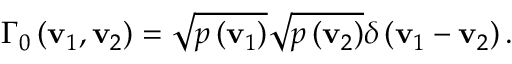
{ { \Gamma } _ { 0 } } \left( { \bf { v } } _ { 1 } , { \bf { v } } _ { 2 } \right) = \sqrt { p \left( { \bf { v } } _ { 1 } \right) } \sqrt { p \left( { \bf { v } } _ { 2 } \right) } \delta \left( { \bf { v } } _ { 1 } - { \bf { v } } _ { 2 } \right) .